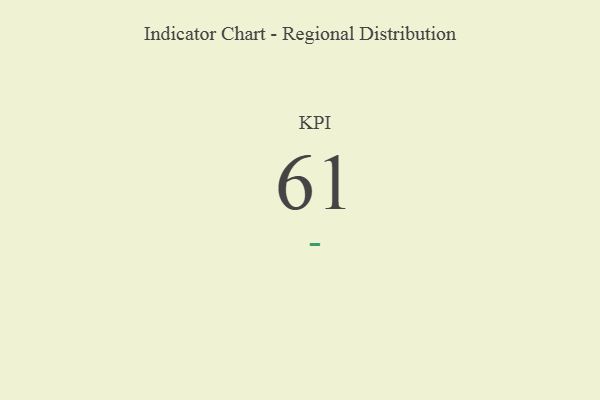
{"axis": {"x": "KPI", "y": "Value"}, "legend": [""], "data": [{"x": "KPI", "y": 61, "type": ""}]}